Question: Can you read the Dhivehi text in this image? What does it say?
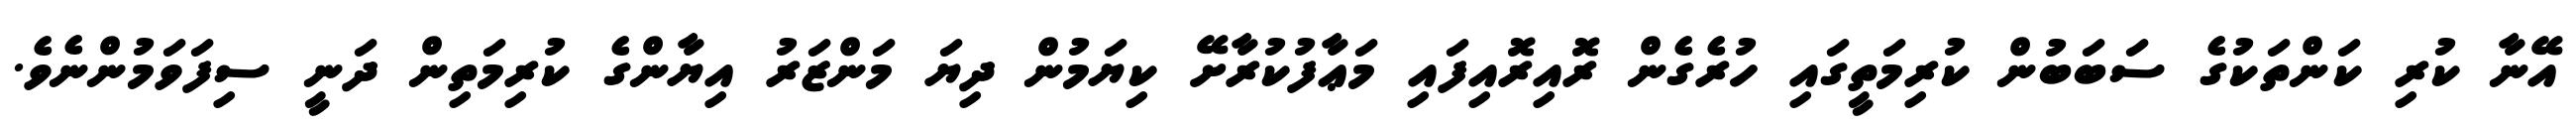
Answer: އޭނާ ކުރި ކަންތަކުގެ ސަބަބުން ކުރިމަތީގައި ހުރެގެން ރޮއިރޮއިފައި މަޢާފުކުރާށޭ ކިޔަމުން ދިޔަ މަންޒަރު އިޔާންގެ ކުރިމަތިން ދަނީ ސިފަވަމުންނެވެ.